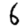
Digit: 6